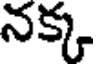
నక్క